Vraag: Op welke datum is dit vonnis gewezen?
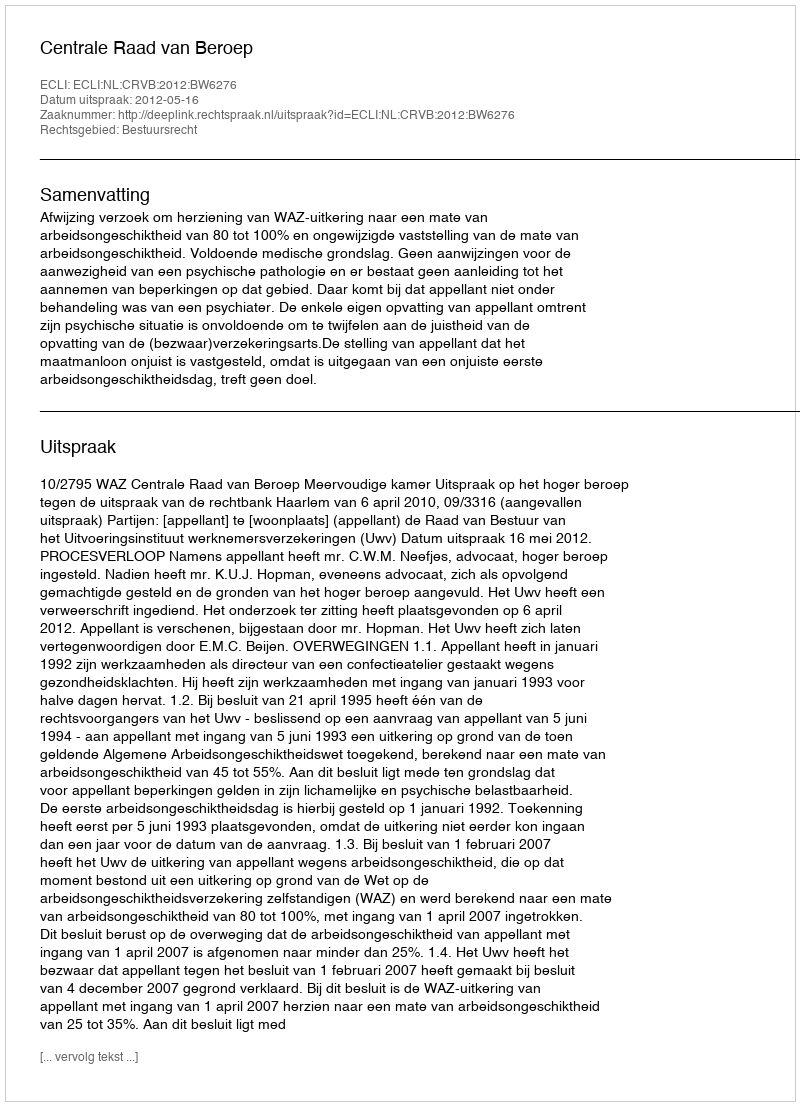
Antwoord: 2012-05-16